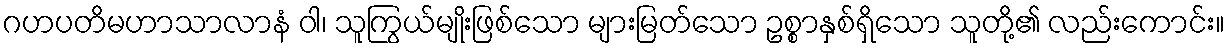
ဂဟပတိမဟာသာလာနံ ဝါ၊ သူကြွယ်မျိုးဖြစ်သော များမြတ်သော ဥစ္စာနှစ်ရှိသော သူတို့၏ လည်းကောင်း။